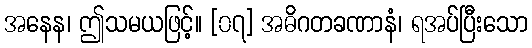
အနေန၊ ဤသမယဖြင့်။ [၀၇] အဓိဂတခဏာနံ၊ ရအပ်ပြီးသော